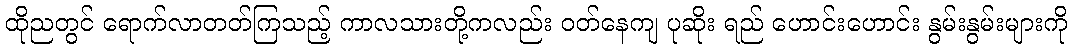
ထိုညတွင် ရောက်လာတတ်ကြသည့် ကာလသားတို့ကလည်း ဝတ်နေကျ ပုဆိုး ရည် ဟောင်းဟောင်း နွမ်းနွမ်းများကို